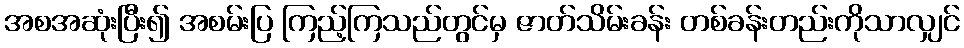
အစအဆုံးပြီး၍ အစမ်းပြ ကြည့်ကြသည်တွင်မှ ဇာတ်သိမ်းခန်း တစ်ခန်းတည်းကိုသာလျှင်